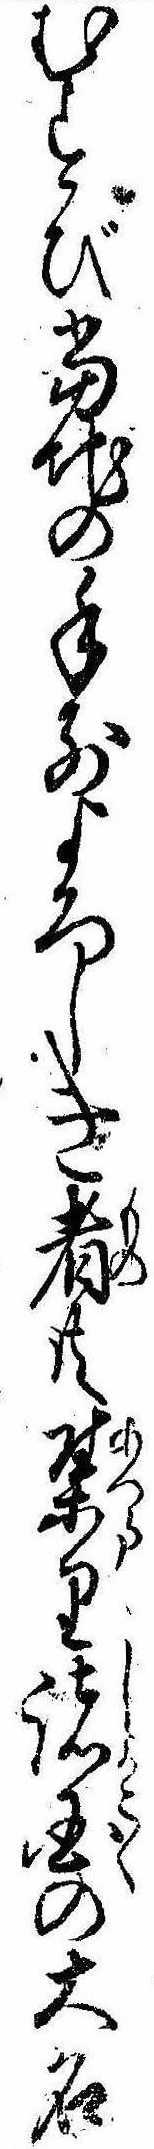
むすび当地の手前よろしき者共集り諸国の大名